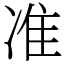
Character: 准